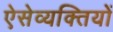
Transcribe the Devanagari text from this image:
ऐसेव्यक्तियों